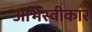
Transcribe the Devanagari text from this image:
अभिस्वीकार